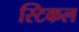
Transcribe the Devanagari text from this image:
स्टिकल